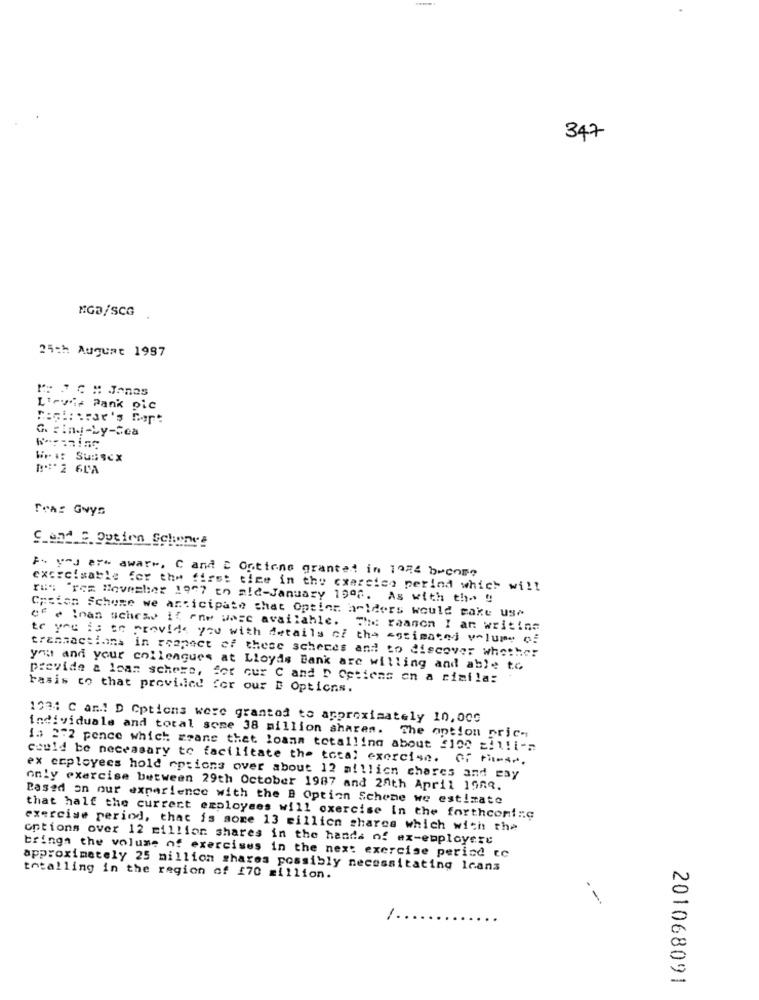
347
MGB/SCG
25ch August 1987
PE FC : Jones
Ltrvir Pank pic
G. : ind-Ly-Sea
Wr#: Sussex
Tras Guys
F. you are aware, C and & Options grantet in 10RE become
exorcisable for the first time in the cxercice perind which will
TE: "Tem November 1907 to ald-January 1990. As with the 0
Cpzien Scheme we anticipate that Option ariders would cake us"
ef - inan schese if one wasc available. Thi raanon I an writing
te you is to provide you with details of the estimated volume of
transactions in respect of these schenes and to discover whether
you and your colleagues at Lloyds Bank are willing and able to
provide a loan scheme, for cur C and D Opticas on a cialla:
Fasis co that provided for our E Options.
1974 C and! D Options were granted to approximately 10,00G
individuale and total some 38 million shares. The option pric-
13 272 pence which means that loans totalling about £100 zil!i-n
could be necessary to facilitate the total exercise. of times.
ex employees hold eptions over about 12 millicn chares and eay
only exercise between 29th October 1987 and 20th April 1983.
Based on our experience with the B Option Scheme we estimate
that half the current employees will oxercise in the forthconi:c
exercise period, that is some 13 million shares which with the
options over 12 million shares in the hands of ex-employere
brings the volume of exercises in the next exercise period cc
approximately 25 million shares possibly necessitating leans
totalling in the region of £70 million.
201068091